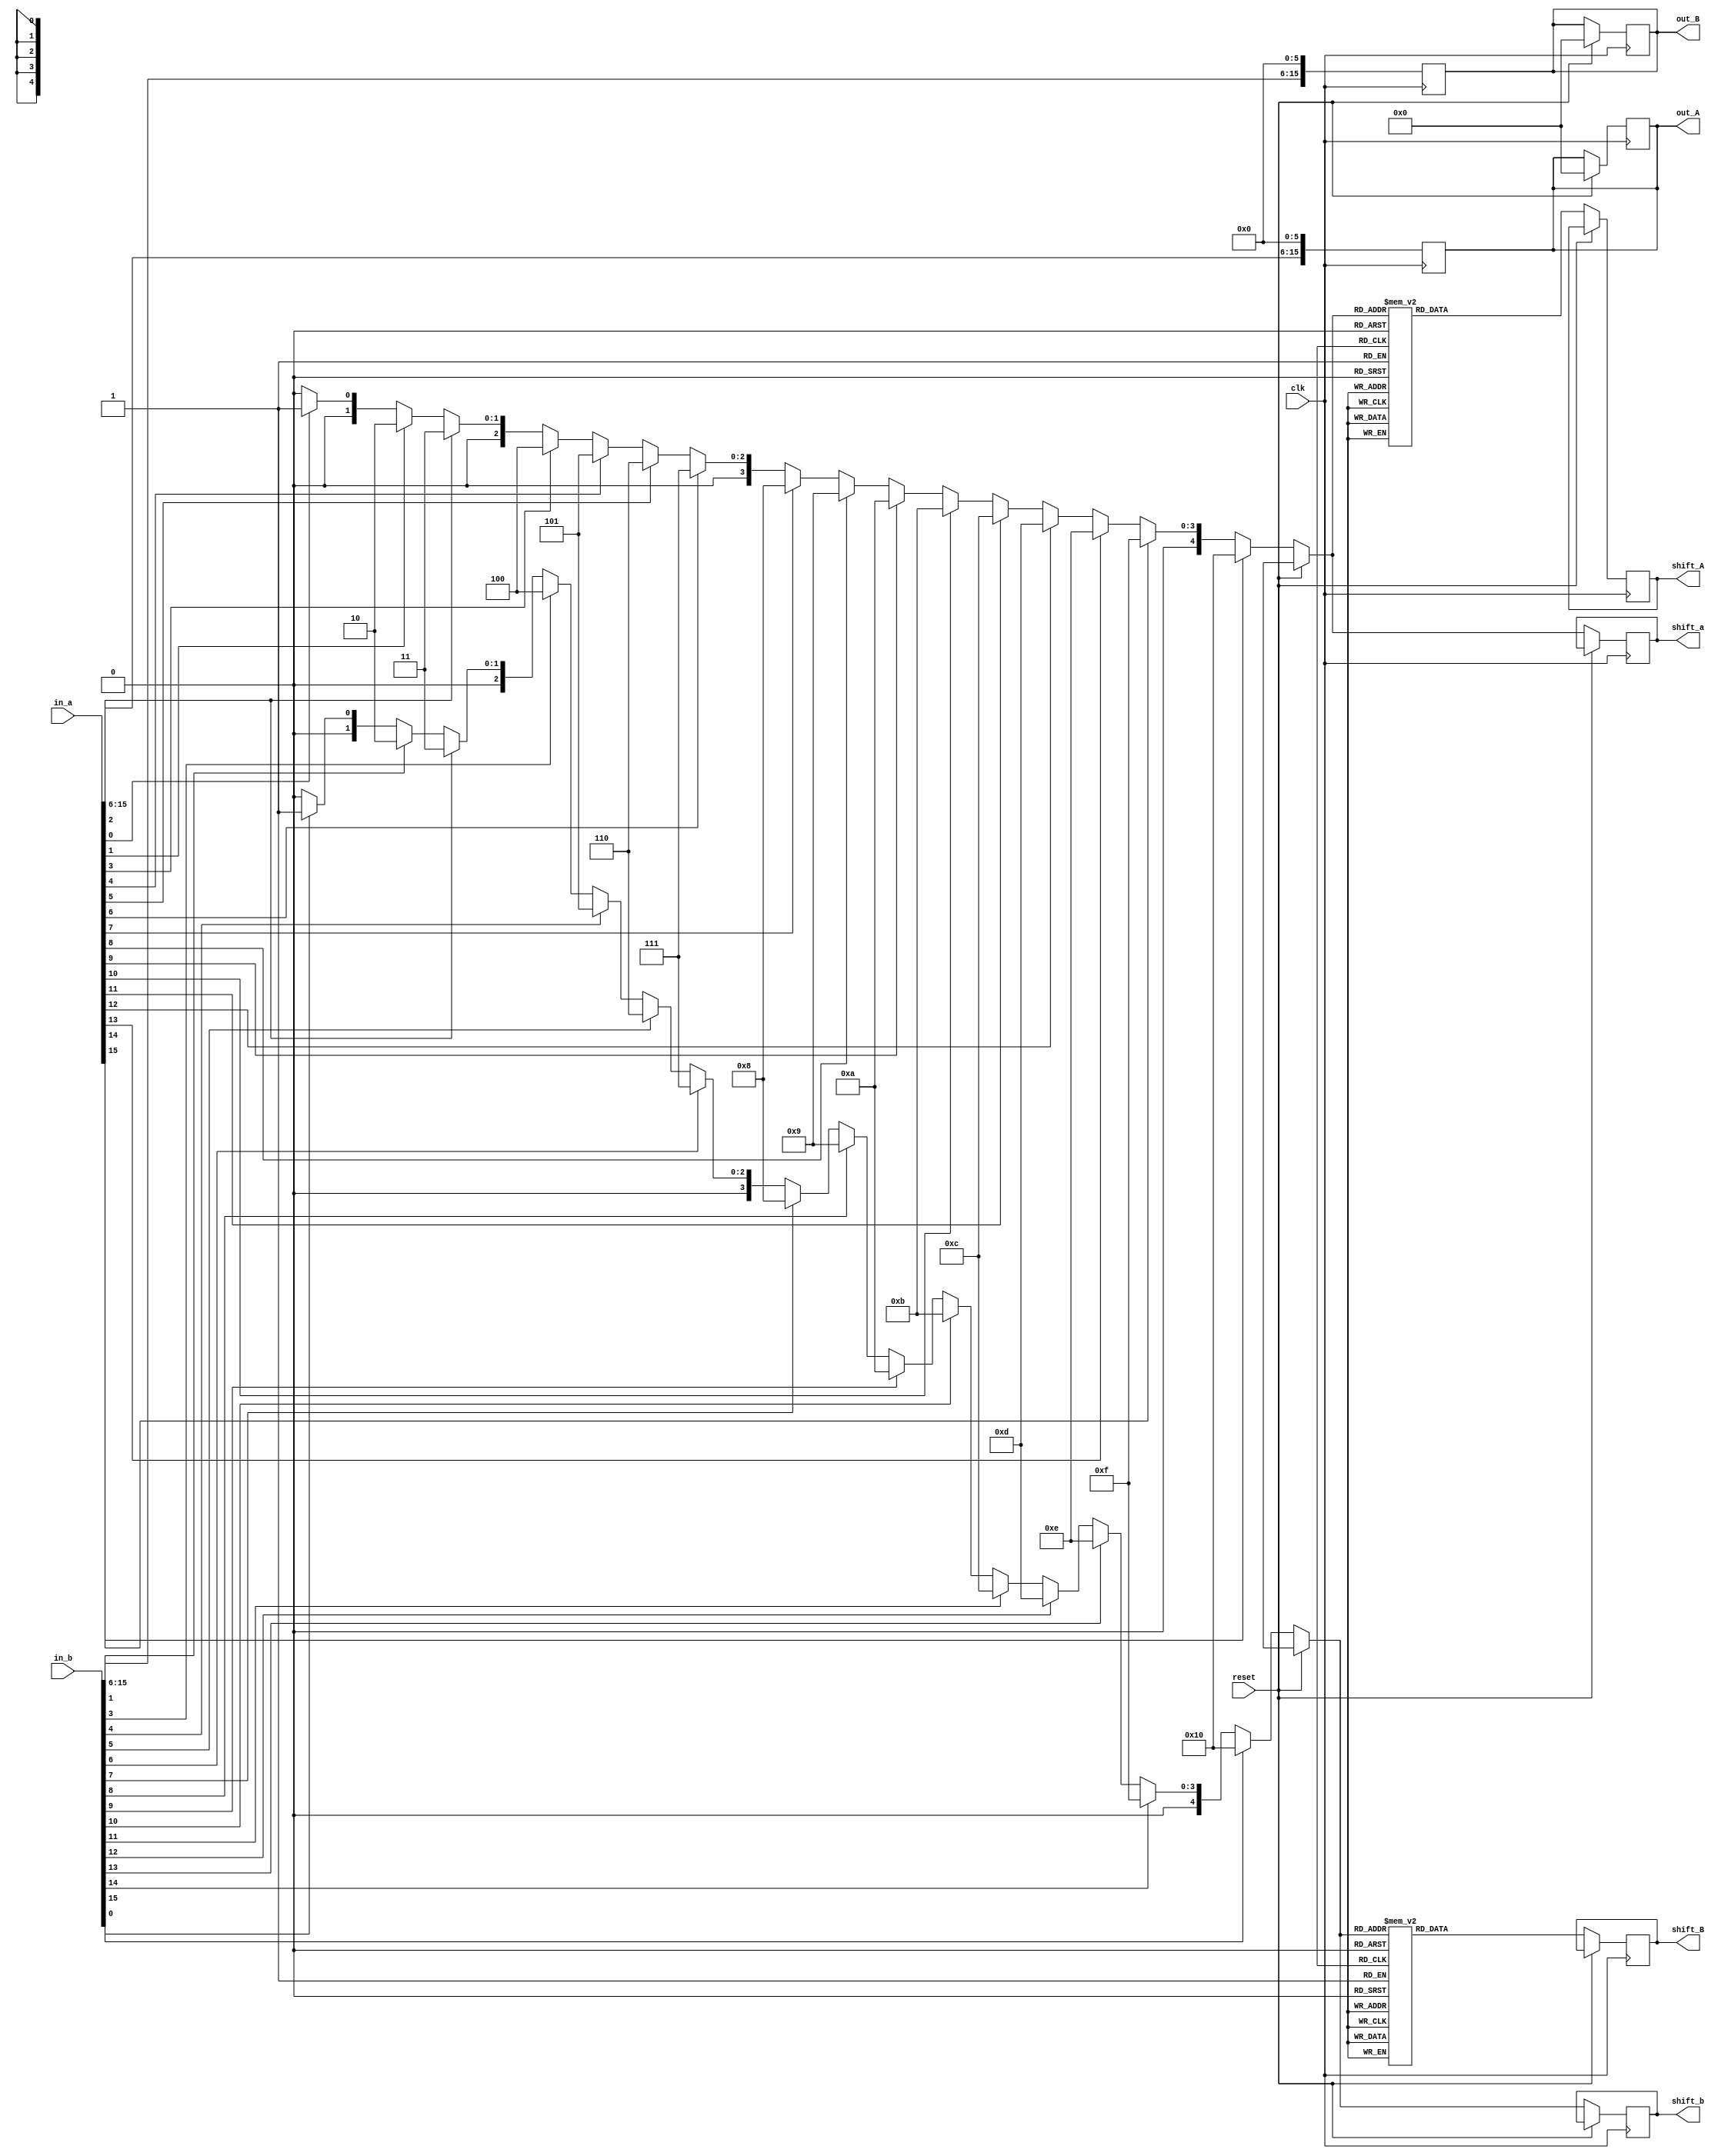
`timescale 1ns / 1ps
//////////////////////////////////////////////////////////////////////////////////
// Company: 
// Engineer: 
// 
// Design Name: team CPU
// Module Name:    approx_mul 
// Project Name: 772 
//
// Revision: 
// Revision 0.01 - File Created
// Additional Comments: 
//
//////////////////////////////////////////////////////////////////////////////////

//Approximate computation algorithm for Multiplication:

module approx_mul(clk, reset, in_a, in_b, shift_a, shift_b, shift_A, shift_B, out_A, out_B);

input clk, reset;
input [15:0] in_a, in_b;

output [15:0] out_A, out_B;
reg [15:0] out_A, out_B;
output [4:0] shift_a, shift_b;
reg [4:0] shift_a,shift_b;
output [4:0] shift_A, shift_B;
reg [4:0] shift_A, shift_B; 
reg [4:0] shifta,shiftb;
always@(posedge clk)
	begin

//getting the length of input A
	if (reset)
		begin
		out_A = 0;
		out_B = 0;
		end
	else 
	begin
		if(in_a[15] == 1'b1)
			shift_a = 5'd16;
		else if (in_a[14] == 1'b1)	
			shift_a = 5'd15;
		else if (in_a[13] == 1'b1)	
			shift_a = 5'd14;
		else if (in_a[12] == 1'b1)	
			shift_a = 5'd13;
		else if (in_a[11] == 1'b1)	
			shift_a = 5'd12;
		else if (in_a[10] == 1'b1)	
			shift_a = 5'd11;
		else if (in_a[9] == 1'b1)	
			shift_a = 5'd10;
		else if (in_a[8] == 1'b1)	
			shift_a = 5'd9;
		else if (in_a[7] == 1'b1)	
			shift_a = 5'd8;
		else if (in_a[6] == 1'b1)	
			shift_a = 5'd7;
		else if (in_a[5] == 1'b1)	
			shift_a = 5'd6;
		else if (in_a[4] == 1'b1)	
			shift_a = 5'd5;
		else if (in_a[3] == 1'b1)	
			shift_a = 5'd4;
		else if (in_a[2] == 1'b1)	
			shift_a = 5'd3;
		else if (in_a[1] == 1'b1)	
			shift_a = 5'd2;
		else if (in_a[0] == 1'b1)	
			shift_a = 5'd1;
		else
			shift_a = 5'd0;
			
//getting the length of input B

		if(in_b[15] == 1'b1)
			shift_b = 5'd16;
		else if (in_b[14] == 1'b1)	
			shift_b = 5'd15;
		else if (in_b[13] == 1'b1)	
			shift_b = 5'd14;
		else if (in_b[12] == 1'b1)	
			shift_b = 5'd13;
		else if (in_b[11] == 1'b1)	
			shift_b = 5'd12;
		else if (in_b[10] == 1'b1)	
			shift_b = 5'd11;
		else if (in_b[9] == 1'b1)	
			shift_b = 5'd10;
		else if (in_b[8] == 1'b1)	
			shift_b = 5'd9;
		else if (in_b[7] == 1'b1)	
			shift_b = 5'd8;
		else if (in_b[6] == 1'b1)	
			shift_b = 5'd7;
		else if (in_b[5] == 1'b1)	
			shift_b = 5'd6;
		else if (in_b[4] == 1'b1)	
			shift_b = 5'd5;
		else if (in_b[3] == 1'b1)	
			shift_b = 5'd4;
		else if (in_a[2] == 1'b1)	
			shift_b = 5'd3;
		else if (in_b[1] == 1'b1)	
			shift_b = 5'd2;
		else if (in_b[0] == 1'b1)	
			shift_b = 5'd1;
		else
			shift_b = 5'd0;
			
// Shifting the bits to create new outputs			
//		shift_A = 5'd16 - shift_a;
//		shift_B = 5'd16 - shift_b;
//shift_a and shift_b have the msb 
		//finding the bits to be shifted in inputA
		case(shift_a)
			
			5'd16 : shift_A = 5'd8; // if 16 bit number drop 8 bits from the lsb
			
			5'd15 : shift_A = 5'd7;
			
			5'd14 : shift_A = 5'd6;
			
			5'd13 : shift_A = 5'd5;
			
			5'd12 : shift_A = 5'd4;
			
			5'd11 : shift_A = 5'd3;
			
			5'd10 : shift_A = 5'd2;
			
			5'd9	: shift_A = 5'd1;
			
			default : shift_A = 5'd0;
		endcase
		
		//finding the bits to be shifted in inputB
		case(shift_b)
			
			5'd16 : shift_B = 5'd8; // if 16 bit number drop 8 bits from the lsb
			
			5'd15 : shift_B = 5'd7;
			
			5'd14 : shift_B = 5'd6;
			
			5'd13 : shift_B = 5'd5;
			
			5'd12 : shift_B = 5'd4;
			
			5'd11 : shift_B = 5'd3;
			
			5'd10 : shift_B = 5'd2;
			
			5'd9	: shift_B = 5'd1;
			
			default : shift_B	= 5'd0;
		endcase
		
		
		
	end

end

always@(posedge clk)
	begin
	
	if(!reset)
	shifta = shift_A-1;
	shiftb = shift_B-1;
	out_A = in_a;
	out_B = in_b;
	out_A[5:0] = 0;
	out_B[5:0] = 0;
	
	end
endmodule